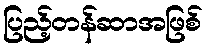
ပြည့်တန်ဆာအဖြစ်